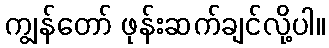
ကျွန်တော် ဖုန်းဆက်ချင်လို့ပါ။